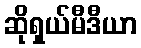
ဆိုရှယ်မီဒီယာ